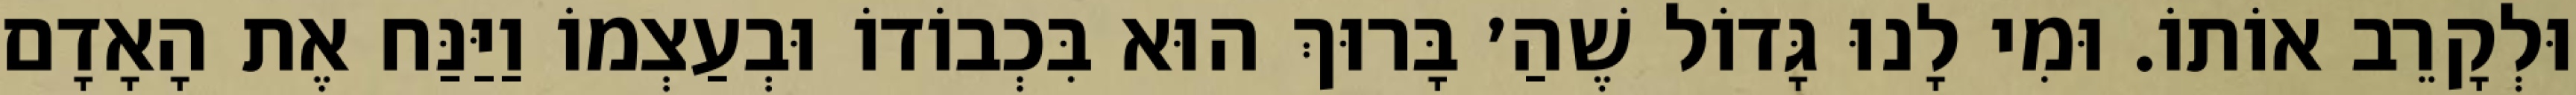
וּלְקָרֵב אוֹתוֹ. וּמִי לָנוּ גָּדוֹל שֶׁהַ׳ בָּרוּךְ הוּא בִּכְבוֹדוֹ וּבְעַצְמוֹ וַיַּנַּח אֶת הָאָדָם